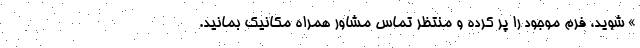
» شوید، فرم موجود را پر کرده و منتظر تماس مشاور همراه مکانیک بمانید.